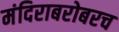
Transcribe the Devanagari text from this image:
मंदिराबरोबरच